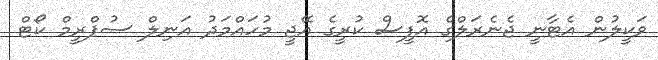
ވަކީލުން އެޓާނީ ޖެނެރަލްގެ އޮފީސް ކުރީގެ އޭޖީ މުހައްމަދު އަނިލް ސުޕްރީމް ކޯޓް